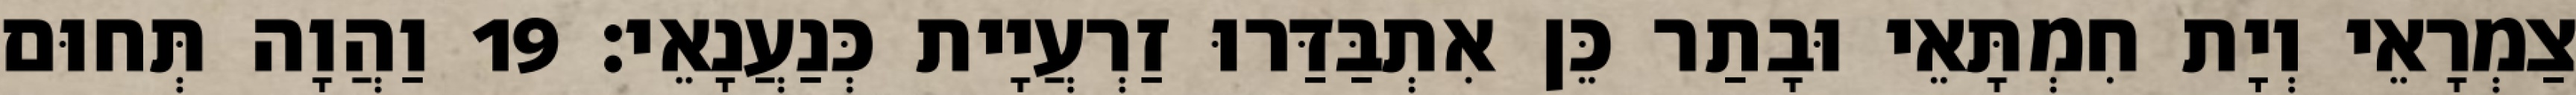
צַמְרָאֵי וְיָת חִמְתָּאֵי וּבָתַר כֵּן אִתְבַּדַּרוּ זַרְעֲיָית כְּנַעֲנָאֵי׃ 19 וַהֲוָה תְּחוּם